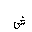
Letter: _shin